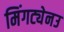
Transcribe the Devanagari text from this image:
मिंगट्येनउ